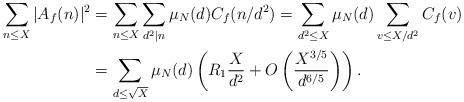
LaTeX: \begin{align*} \sum_{n \leq X} |A_f(n)|^2 &= \sum_{n\leq X} \sum_{d^2 | n} \mu_N(d)C_f(n/d^2) = \sum_{d^2 \leq X} \mu_N(d) \sum_{v \leq X/d^2} C_f(v) \\ &= \sum_{d \leq \sqrt{X}} \mu_N(d) \left(R_1 \frac{X}{d^2}+O\left(\frac{X^{3/5}}{d^{6/5}}\right) \right). \end{align*}